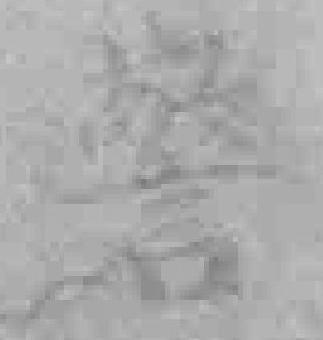
警